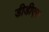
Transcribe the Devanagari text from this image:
डीडीएस